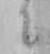
ニ